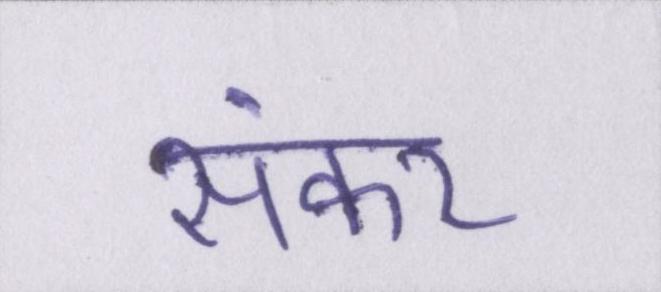
संकर